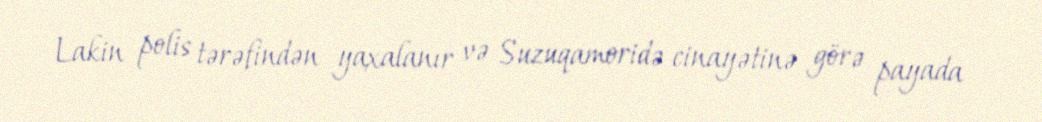
Lakin polis tərəfindən yaxalanır və Suzuqamoridə cinayətinə görə payada